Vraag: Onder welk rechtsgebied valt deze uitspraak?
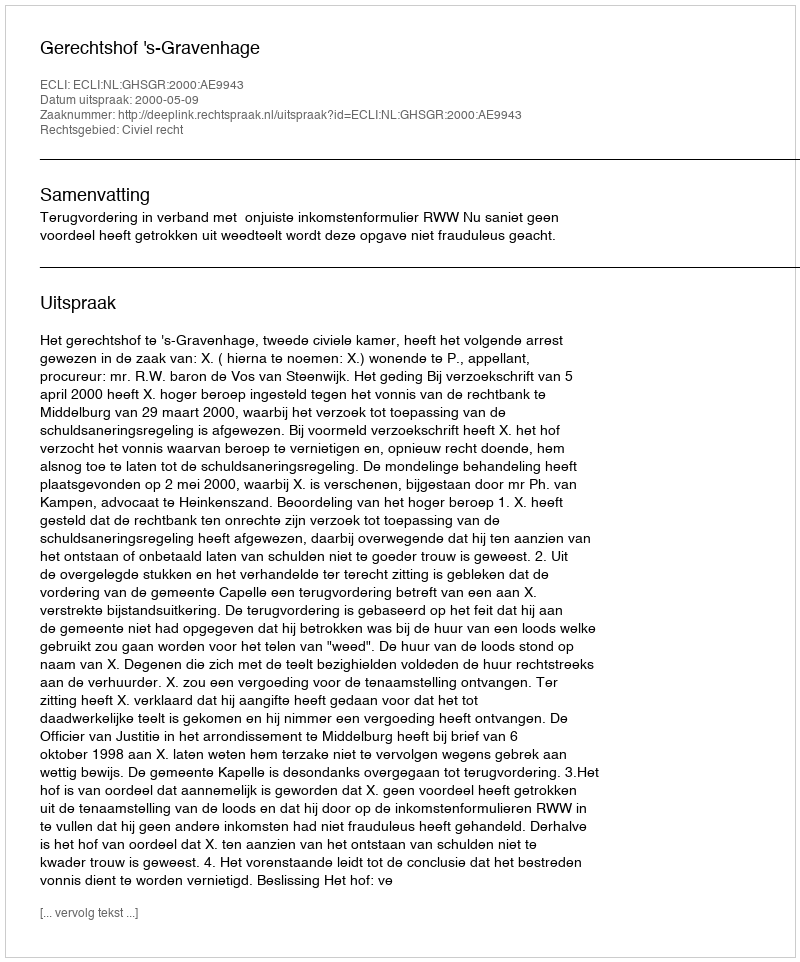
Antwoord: Civiel recht